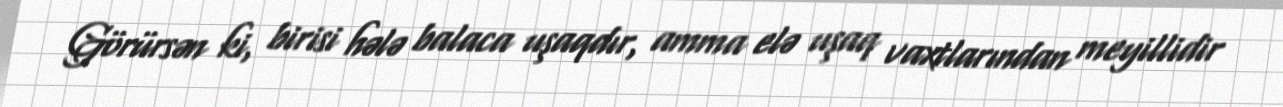
Görürsən ki, birisi hələ balaca uşaqdır, amma elə uşaq vaxtlarından meyillidir